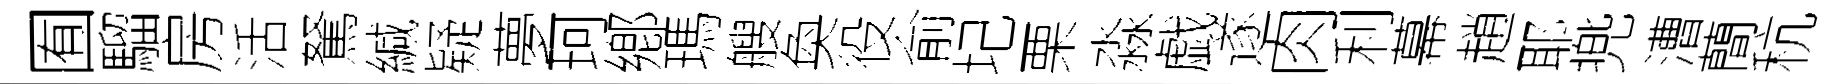
囿騮房活駑緘疑夢珂鄕瑪艘奐役俞圮栗淼戯遂肉利幕趙耶兠漕蕳秔